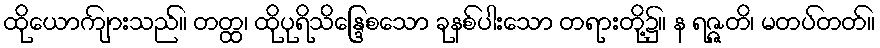
ထိုယောကျ်ားသည်။ တတ္ထ၊ ထိုပုရိသိန္ဒြေစသော ခုနစ်ပါးသော တရားတို့၌။ န ရဇ္ဇတိ၊ မတပ်တတ်။